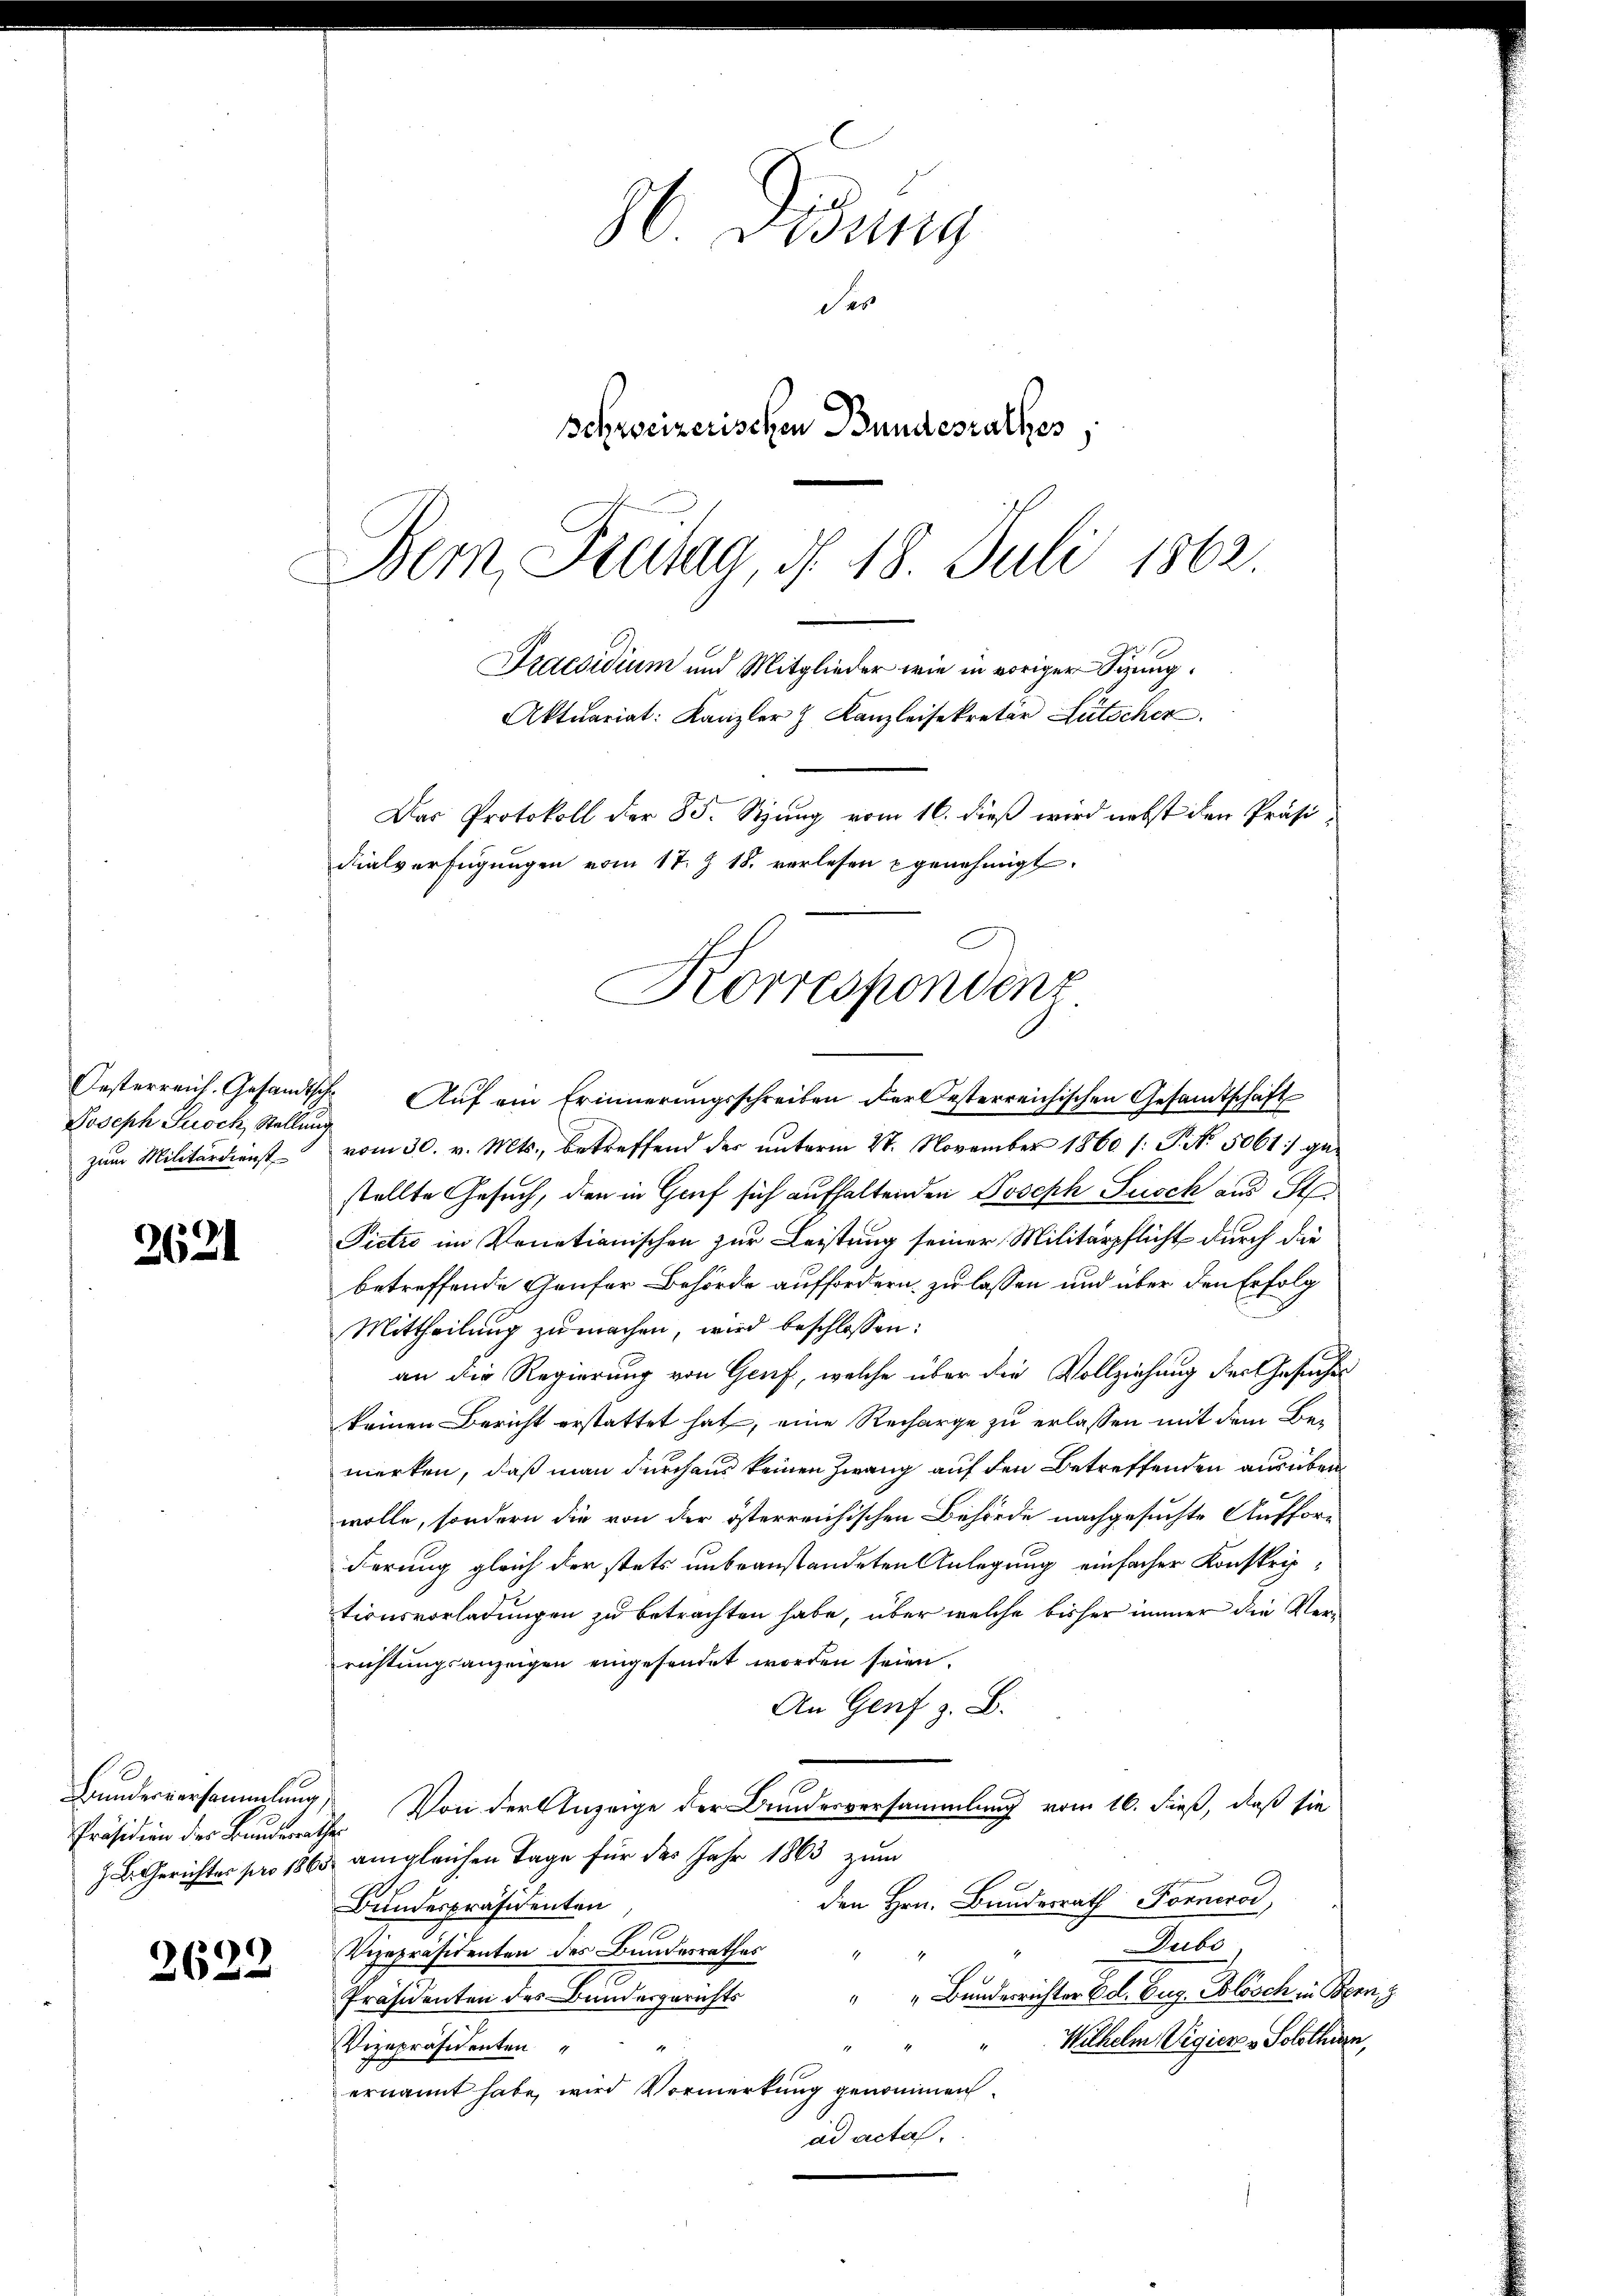
Oesterreich. Gesandtsch
Joseph Zusch, Stellung
zum Militärdienst

2621

Bundesversammlung,
Präsidion des Bundesrathes

2622

86. Lesung
des
schweizerischen Bundesrathes
Bem, Freitag, d. 18. Juli 1862

Praesidium und Mitglieder wie in voriger Sizung.
Aktuariat: Kanzler & Kanzleisekretär Lütscher.
Das Protokoll der 85. Stung vom 16. dieß wird nebst den Präsi
dialverfügungen vom 17. Z 18. verlesen genehmigt.
e
Korrespondenz

Auf ein Erinnerungsschreiben der besterreichischen Gesamtschaft
vom 30. v. Mts., betreffend der unterm 27. November 1860 /: P. Nr. 5061) ge-
stellte Gesuch, den in Graf sich aufhaltenden Joseph Susch aus St
Pictio im Venetianischen zur Leistung seiner Militärpflicht durch die
betreffende Genfer Behörde auffordern zu lassen und über den Erfolg
Mittheilung zu machen, wird beschlossen:
an die Regierung von Genf, welche über die Vollziehung der Gesuches
keinen Bericht erstattet hat, eine Recharge zu erlassen mit dem Bemerken, daß man durchaus keinen Zwang auf den Betreffenden ausübenwolle, sondern die von der österreichischen Behörde nachgesuchte Auffor-
Ferung gleich der stets unbeanstandeten Anlegung einfacher Konskriptionsvorladungen zu betrachten habe, über welche bisher immer die Verrichtungsanzeigen eingesendet worden seien.
An Genf z. B.
Von der Anzeige der Bundesversammlung vom 16. dieß, daß sie
ZL. Gerichtes pro 1865 angleichen Tage für des Jahr 1863 zum
den Hrn. Bundesrath Fornerod,
Bundespräsidenten
.
Vizepräsidenten des Bundesrathes
Präsidenten des Bundesgerichts " " Bunderrichter Cel. Eug. Blösch in Bern, 3
Wilhelm Vigieren Solothurn,
4
Vizepräsidenten
ernannt habe, wird Vormerkung genommen.
ad acta.